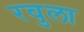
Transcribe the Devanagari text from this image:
रवुला